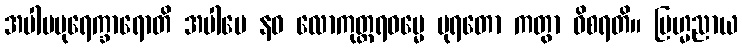
အပါပပုရေက္ခာရောတိ အပါပေ နဝ လောကုတ္တရဓမ္မေ ပုရတော ကတွာ ဝိစရတိ။ ဗြဟ္မညာယ